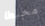
محبطا